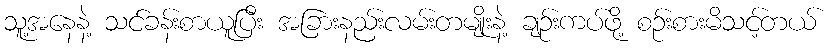
သူ့အနေနဲ့ သင်ခန်းစာယူပြီး အခြားနည်းလမ်းတမျိုးနဲ့ ချဉ်းကပ်ဖို့ စဉ်းစားမိသင့်တယ်